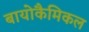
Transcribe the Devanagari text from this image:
बायोकैमिकल